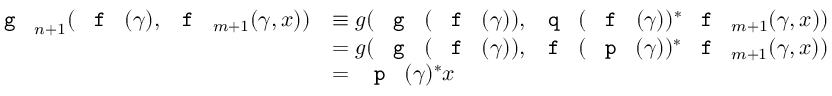
\begin{array} { r l } { \textnormal { \texttt { g } } _ { n + 1 } ( \textnormal { \texttt { f } } ( \gamma ) , \textnormal { \texttt { f } } _ { m + 1 } ( \gamma , x ) ) } & { \equiv g ( \textnormal { \texttt { g } } ( \textnormal { \texttt { f } } ( \gamma ) ) , \textnormal { \texttt { q } } ( \textnormal { \texttt { f } } ( \gamma ) ) ^ { * } \textnormal { \texttt { f } } _ { m + 1 } ( \gamma , x ) ) } \\ & { = g ( \textnormal { \texttt { g } } ( \textnormal { \texttt { f } } ( \gamma ) ) , \textnormal { \texttt { f } } ( \textnormal { \texttt { p } } ( \gamma ) ) ^ { * } \textnormal { \texttt { f } } _ { m + 1 } ( \gamma , x ) ) } \\ & { = \textnormal { \texttt { p } } ( \gamma ) ^ { * } x } \end{array}